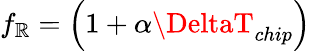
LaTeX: f_{\mathbb{R}}=\left(1+\alpha\DeltaT_{chip}\right)